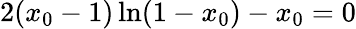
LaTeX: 2(x_{0}-1)\ln(1-x_{0})-x_{0}=0